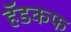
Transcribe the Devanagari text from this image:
हॅडकफ